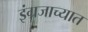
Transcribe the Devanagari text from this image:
इंग्रजाच्यात